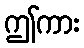
ဤကား